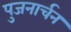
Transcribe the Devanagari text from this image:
पुजनार्चन